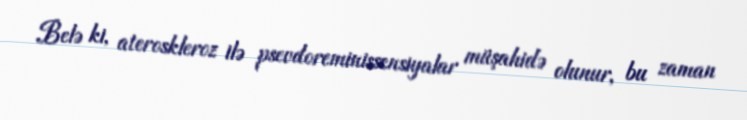
Belə ki, ateroskleroz ilə psevdoreminissensiyalar müşahidə olunur, bu zaman